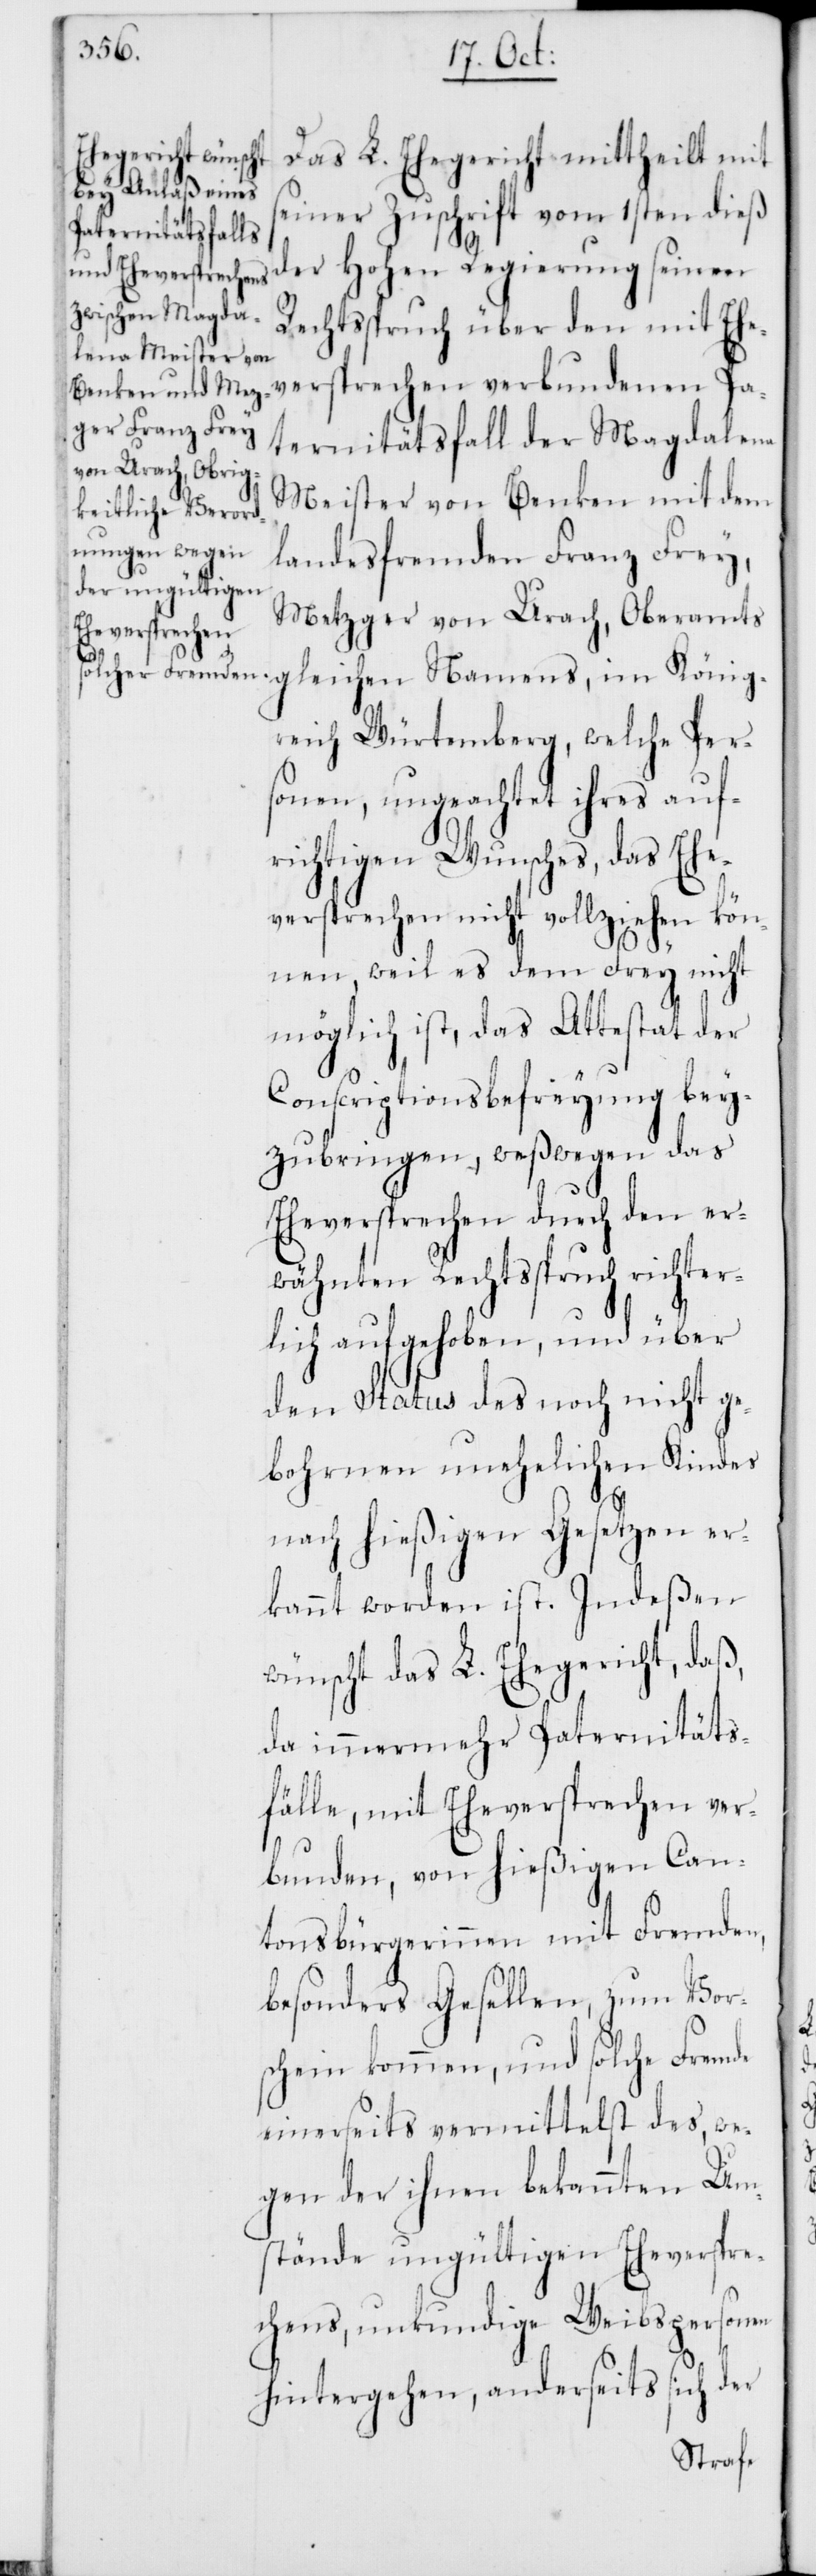
König¬
Das L. Ehegericht mittheilt mit
seiner Zuschrift vom 1sten dieß
der Hohen Regierung seinen
Rechtßpruch über den mit Ehe¬
versprechen verbundenen Pa¬
ternitätsfall der Magdalena
Meister von Benken mit dem
landesfremden Franz Frey,
Metzger von Urach, Oberamts
reich Würtemberg, welche Per¬
sonen, ungeachtet ihres auf¬
richtigen Wunsches, das Ehe¬
versprechen nicht vollziehen kön¬
nen, weil es dem Frey nicht
möglich ist, das Attestat der
Conscriptionsbefreyung bey¬
zubringen, weßwegen das
Eheversprechen durch den er¬
wähnten Rechtsspruch richter¬
lich aufgehoben, und über
den Status des noch nicht ge¬
bohrnen unehelichen Kindes
nach hießigen Gesetzen er¬
kannt worden ist. Indeßen
wünscht das L. Ehegericht, daß,
da immer mehr Paternitäts¬
fälle, mit Eheversprechen ver¬
bunden, von hießigen Can¬
tonsbürgerinnen mit Fremden,
besonders Gesellen, zum Vor¬
schein kommen, und solche Fremde
einerseits vermittelst des, we¬
gen der ihnen bekannten Um¬
stände ungültigen Eheverspre¬
chens, unkundige Weibspersonen
hintergehen, anderseits sich der